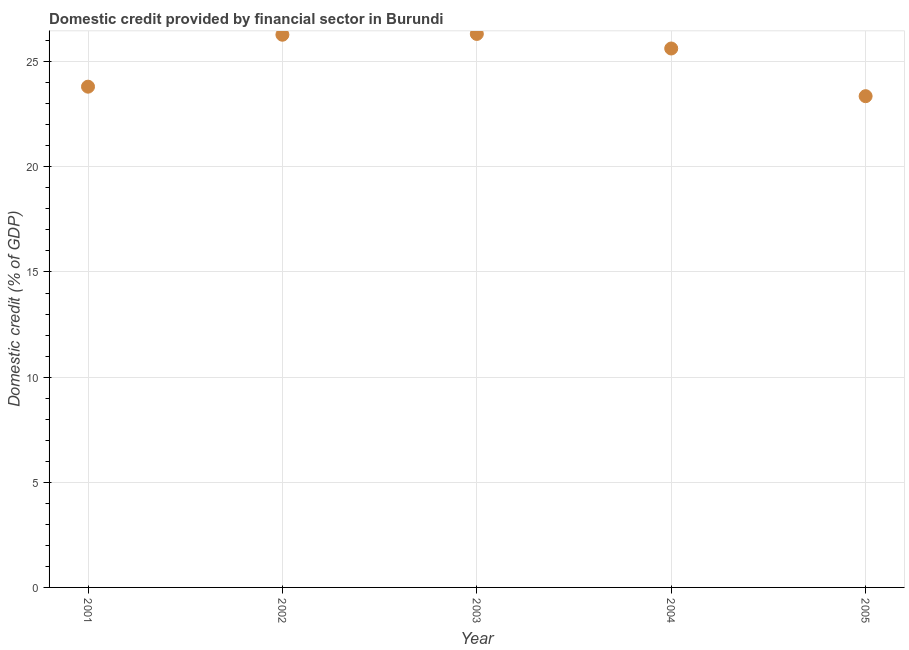
| Year | Domestic credit provided by financial sector |
 | --- | --- |
 | 2001 | 23.8 |
 | 2002 | 26.3 |
 | 2003 | 26.3 |
 | 2004 | 25.6 |
 | 2005 | 23.4 |